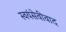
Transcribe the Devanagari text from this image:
स्वयंसेवीवाद